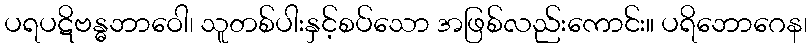
ပရပဋိဗန္ဓဘာဝေါ၊ သူတစ်ပါးနှင့်စပ်သော အဖြစ်လည်းကောင်း။ ပရိဘောဂေန၊